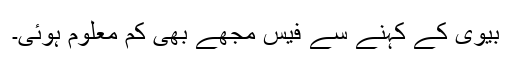
بیوی کے کہنے سے فیس مجھے بھی کم معلوم ہوئی۔